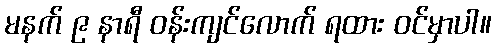
မနက် ၉ နာရီ ဝန်းကျင်လောက် ရထား ဝင်မှာပါ။